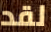
لقد